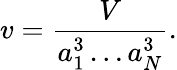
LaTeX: v=\frac{V}{a_{1}^{3}\ldots a_{N}^{3}}.